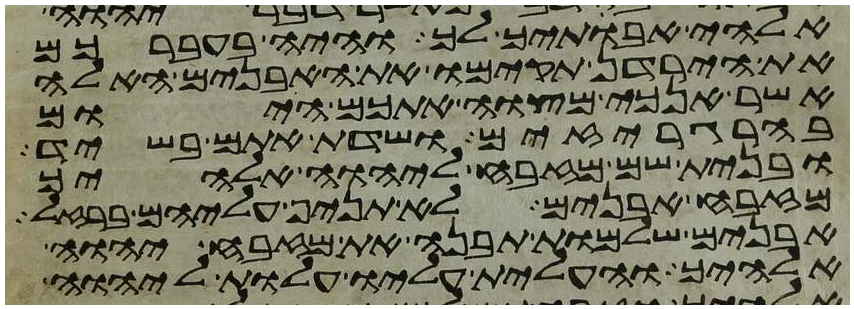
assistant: אלהי אבתיך לך והיה בעברכם
את הירדן תקימו את האבנים האלה
אשר אנכי מצוה אתכם היום
בהרגריזים ושדת אתם בשיד
ובנית שם מזבח ליהוה אלהיך
מזבח אבנים לא תניף עליהם ברזל
אבנים שלמות תבנה את מזבח יהוה
אלהיך והעלית עליו עלות ליהוה